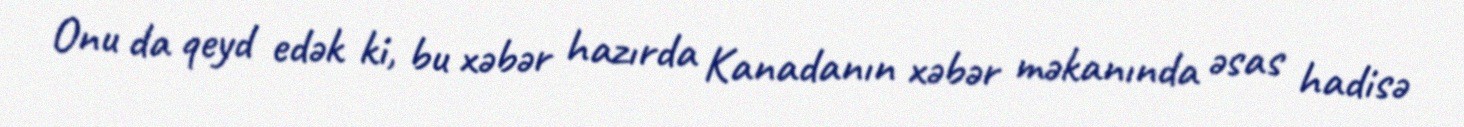
Onu da qeyd edək ki, bu xəbər hazırda Kanadanın xəbər məkanında əsas hadisə